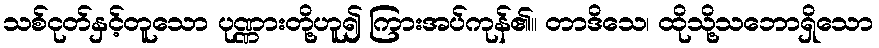
သစ်ငုတ်နှင့်တူသော ပုဏ္ဏားတို့ဟူ၍ ကြားအပ်ကုန်၏။ တာဒိသေ၊ ထိုသို့သဘောရှိသော